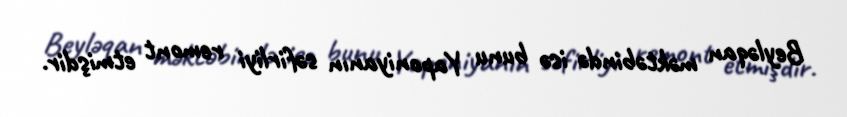
Beyləqan məktəbində isə bunu Yaponiyanın səfirliyi remont etmişdir.